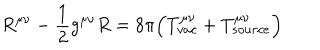
LaTeX: R ^ { \mu \nu } - \frac { 1 } { 2 } g ^ { \mu \nu } R = 8 \pi \Bigl ( T _ { v a c } ^ { \mu \nu } + T _ { s o u r c e } ^ { \mu \nu } \Bigr )